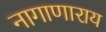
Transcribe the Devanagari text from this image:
नागाणाराय